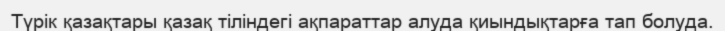
Түрік қазақтары қазақ тіліндегі ақпараттар алуда қиындықтарға тап болуда.